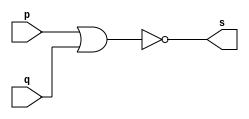
// ------------------------- 
// Exemplo0007 - XNOR
// Nome: Mateus Lara Carvalho 
// ------------------------- 
// --------------------- 
// -- nor gate 

// --------------------- 
	module norgate (output s, input p, input q); 
	assign s = ~(p | q); 
	endmodule // nor

// --------------------- 
// -- test norgate 
// --------------------- 

module testnorgate; 

// ------------------------- dados locais 
	reg a,b; // definir registrador 
	wire s; // definir conexao (fio) 
	
// ------------------------- instancia 
	norgate NOR1 (s, a, b); 

// ------------------------- preparacao 
	initial begin:start 
	a=0;
	b=0;

end 

// ------------------------- parte principal 
	initial begin:main 
	$display("Exemplo0008 - Mateus Lara Carvalho - 441700"); 
	$display("Test nor gate"); 
	$display("\n a' & b' = s\n"); 
	$monitor("%b & %b = %b", a, b, s); 
	#1 a=0; b=0; 
	#1 a=0; b=1; 
	#1 a=1; b=0; 
	#1 a=1; b=1; 

end

endmodule // testnorgate